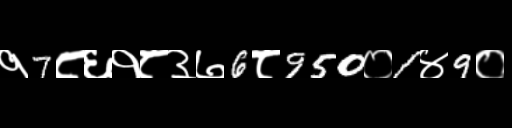
Text: १7८६१८३७6८950०1४9०